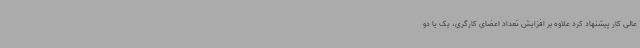
عالی کار پیشنهاد کرد علاوه بر افزایش تعداد اعضای کارگری، یک یا دو